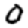
Digit: 0